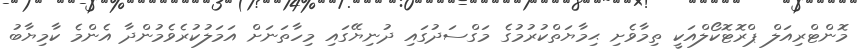
މޮންޓްރިއަލް ޕްރޮޓޮކޯލްއަކީ ތިމާވެށި ޙިމާޔަތްކުރުމުގެ މަގްސަދުގައި ދުނިޔޭގައި މިހާތަނަށް އަމަލުކުރެވެމުންދާ އެންމެ ކާމިޔާބު